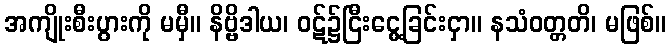
အကျိုးစီးပွားကို မမှီ။ နိဗ္ဗိဒါယ၊ ဝဋ်၌ငြီးငွေ့ခြင်းငှာ။ နသံဝတ္တတိ၊ မဖြစ်။